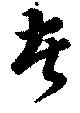
者